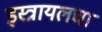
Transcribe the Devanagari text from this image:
इस्त्रायलचा